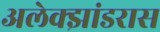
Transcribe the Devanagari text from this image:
अलेक्झांडरास